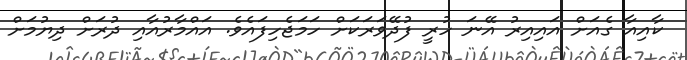
ކާއިއާ ގެއަށް އައިއިރު އޭނަ ހުރީ ފުދޭވަރަކަށް ހަމަޖެހިފައެވެ. އައްމާރުއާއި ދުރަށް ދިޔުމަށް